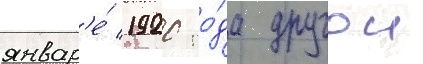
январ'е́ 1920 го́да другои